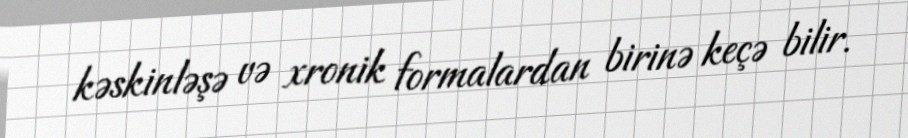
kəskinləşə və xronik formalardan birinə keçə bilir.